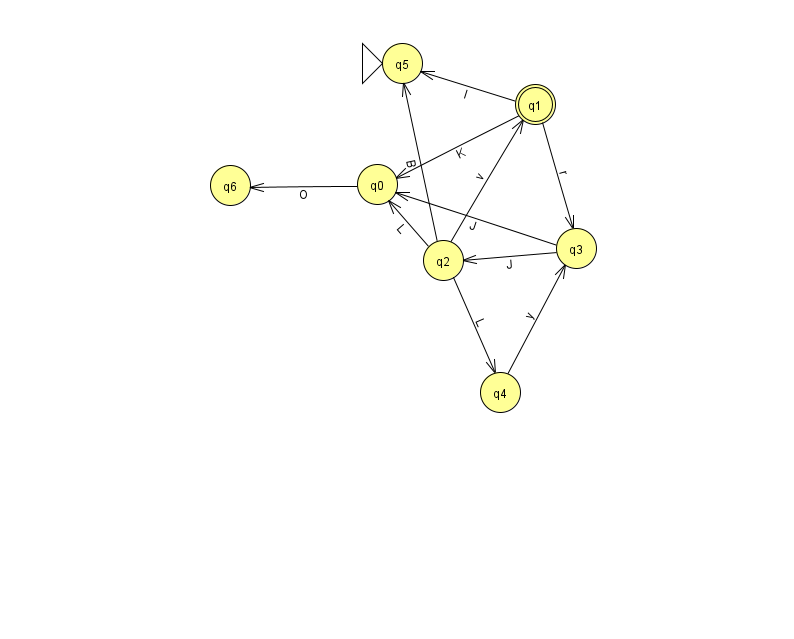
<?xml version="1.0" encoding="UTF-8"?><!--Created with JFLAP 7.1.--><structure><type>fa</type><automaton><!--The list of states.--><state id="0" name="q0"><x>377.0</x><y>171.0</y></state><state id="1" name="q1"><x>535.0</x><y>91.0</y><final/></state><state id="2" name="q2"><x>443.0</x><y>247.0</y></state><state id="3" name="q3"><x>576.0</x><y>235.0</y></state><state id="4" name="q4"><x>500.0</x><y>379.0</y></state><state id="5" name="q5"><x>402.0</x><y>50.0</y><initial/></state><state id="6" name="q6"><x>230.0</x><y>172.0</y></state><!--The list of transitions.--><transition><from>0</from><to>6</to><read>O</read></transition><transition><from>4</from><to>3</to><read>y</read></transition><transition><from>3</from><to>0</to><read>J</read></transition><transition><from>3</from><to>2</to><read>J</read></transition><transition><from>1</from><to>0</to><read>K</read></transition><transition><from>1</from><to>3</to><read>r</read></transition><transition><from>1</from><to>5</to><read>I</read></transition><transition><from>2</from><to>1</to><read>v</read></transition><transition><from>2</from><to>0</to><read>L</read></transition><transition><from>2</from><to>4</to><read>L</read></transition><transition><from>2</from><to>5</to><read>B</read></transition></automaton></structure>